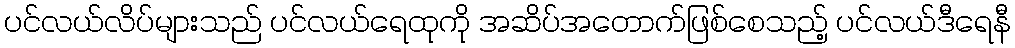
ပင်လယ်လိပ်များသည် ပင်လယ်ရေထုကို အဆိပ်အတောက်ဖြစ်စေသည့် ပင်လယ်ဒီရေနီ